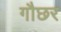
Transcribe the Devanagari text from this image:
गौछर